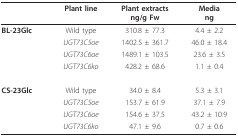
<table><thead><tr><td></td><td><b>Plant line</b></td><td><b>Plant extractsng/g Fw</b></td><td><b>Mediang</b></td></tr></thead><tbody><tr><td><b>BL-23Glc</b></td><td>Wild type</td><td>310.8 ± 77.3</td><td>4.4 ± 2.2</td></tr><tr><td></td><td><i>UGT73C5oe</i></td><td>1402.5 ± 361.7</td><td>46.0 ± 18.4</td></tr><tr><td></td><td><i>UGT73C6oe</i></td><td>1489.1 ± 103.5</td><td>23.6 ± 3.5</td></tr><tr><td></td><td><i>UGT73C6ko</i></td><td>428.2 ± 68.6</td><td>1.1 ± 0.4</td></tr><tr><td><b>CS-23Glc</b></td><td>Wild type</td><td>34.0 ± 8.4</td><td>5.3 ± 3.1</td></tr><tr><td></td><td><i>UGT73C5oe</i></td><td>153.7 ± 61.9</td><td>37.1 ± 7.9</td></tr><tr><td></td><td><i>UGT73C6oe</i></td><td>154.6 ± 37.5</td><td>43.2 ± 10.9</td></tr><tr><td></td><td><i>UGT73C6ko</i></td><td>47.1 ± 9.6</td><td>0.7 ± 0.6</td></tr></tbody></table>